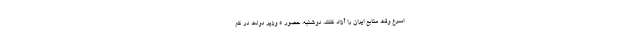
اسرع وقت منابع ایران را آزاد کنند. دوشنبه، حضور 5 وزیر دولت در کم